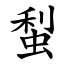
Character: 䖽